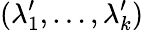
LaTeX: (\lambda_{1}^{\prime},\dots,\lambda_{k}^{\prime})